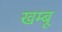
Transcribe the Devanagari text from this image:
खम्बू